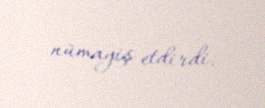
nümayiş etdirdi.